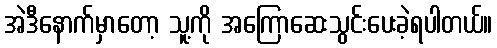
အဲဒီနောက်မှာတော့ သူ့ကို အကြောဆေးသွင်းပေးခဲ့ရပါတယ်။